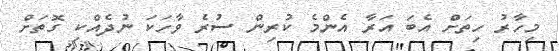
މިހާރު ހިތަށް އެބަ އަރާ އެންމެ ކުރިން ސުރެ ވާހަކަ ނުދެއްކި ގޮތަށް